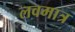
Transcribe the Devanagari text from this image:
लवमात्र